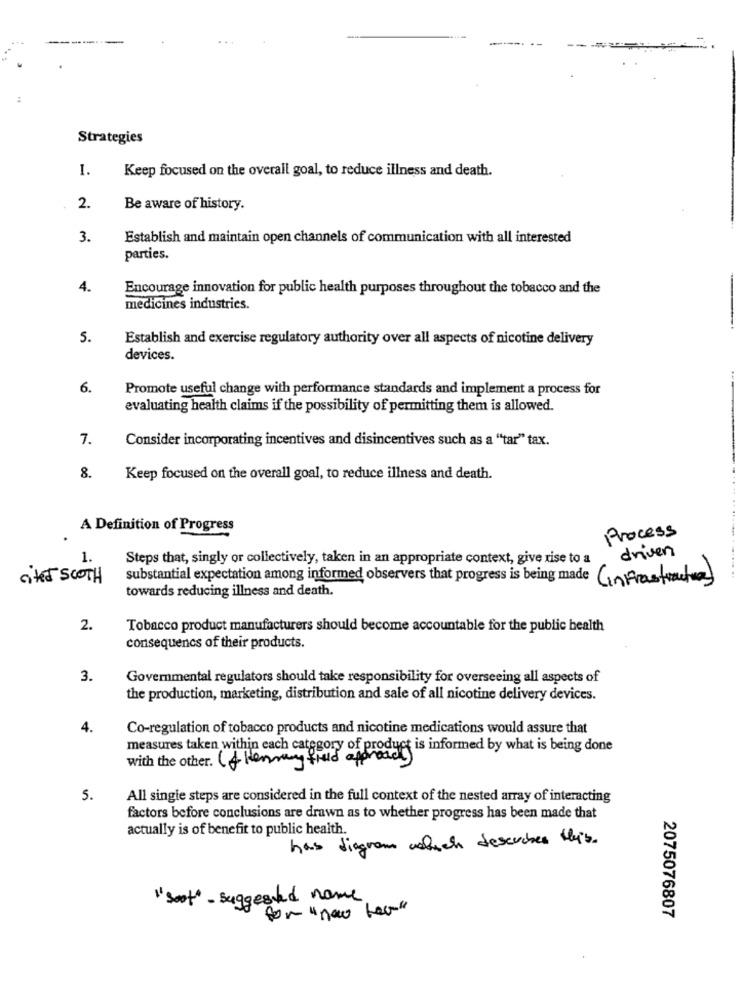
-----.
Strategies
1.
Keep focused on the overall goal, to reduce illness and death.
2.
Be aware of history.
3.
Establish and maintain open channels of communication with all interested
parties.
4.
Encourage innovation for public health purposes throughout the tobacco and the
-
medicines industries.
5.
Establish and exercise regulatory authority over all aspects of nicotine delivery
devices.
6.
Promote useful change with performance standards and implement a process for
evaluating health claims if the possibility of permitting them is allowed.
7.
Consider incorporating incentives and disincentives such as a "tar" tax.
8.
Keep focused on the overall goal, to reduce illness and death.
A Definition of Progress
Process
driven
1.
Steps that, singly or collectively, taken in an appropriate context, give rise to a
cited SCOTH
substantial expectation among informed observers that progress is being made
towards reducing illness and death.
2.
Tobacco product manufacturers should become accountable for the public health
consequence of their products.
3.
Governmental regulators should take responsibility for overseeing all aspects of
the production, marketing, distribution and sale of all nicotine delivery devices.
4.
Co-regulation of tobacco products and nicotine medications would assure that
measures taken within each category of product is informed by what is being done
with the other. (+ Henmay field approach)
5.
All single steps are considered in the full context of the nested array of interacting
factors before conclusions are drawn as to whether progress has been made that
actually is of benefit to public health.
has diagram wabach describes this.
" soot" - suggested name
for " new few"
2075076807